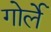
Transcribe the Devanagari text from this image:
गोर्ले